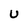
Character: U